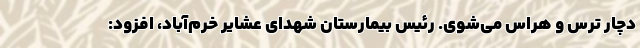
دچار ترس و هراس می‌شوی. رئیس بیمارستان شهدای عشایر خرم‌آباد، افزود: